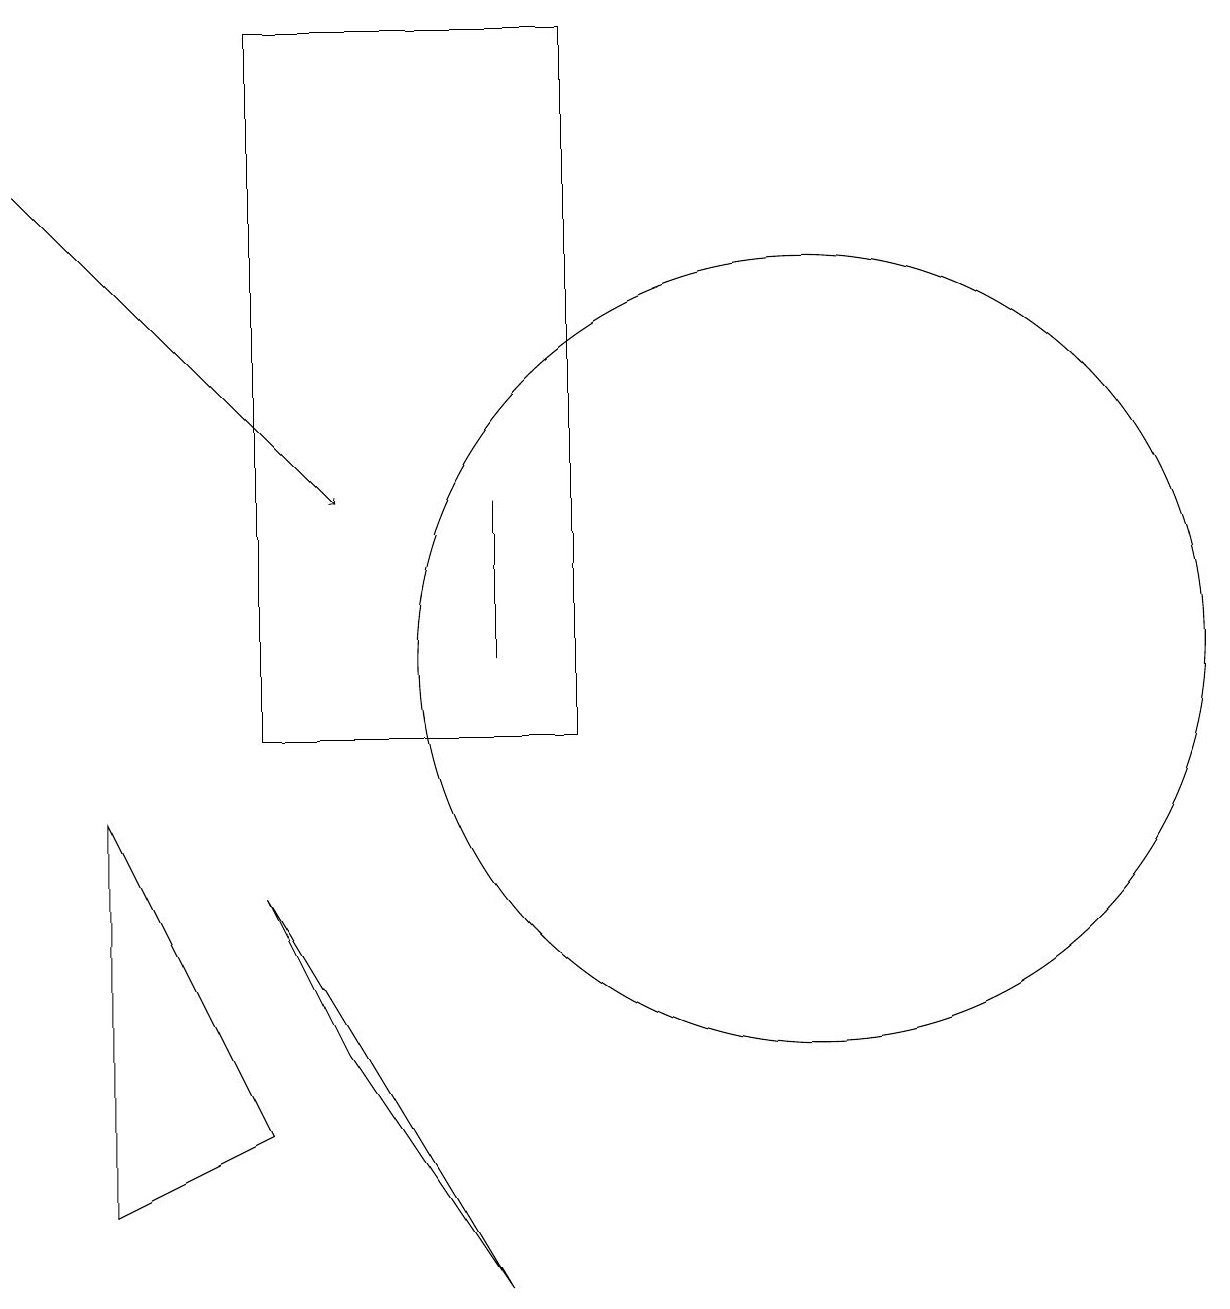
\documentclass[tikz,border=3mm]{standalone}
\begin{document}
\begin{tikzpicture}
\draw (5,10) rectangle (9,19);
\draw (6,6) -- (8,3) -- (5,8) -- cycle;
\draw (8,13) rectangle (8,11);
\draw[->] (2,17) -- (6,13);
\draw (3,9) -- (3,4) -- (5,5) -- cycle;
\draw (12,11) circle (5);
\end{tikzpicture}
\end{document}